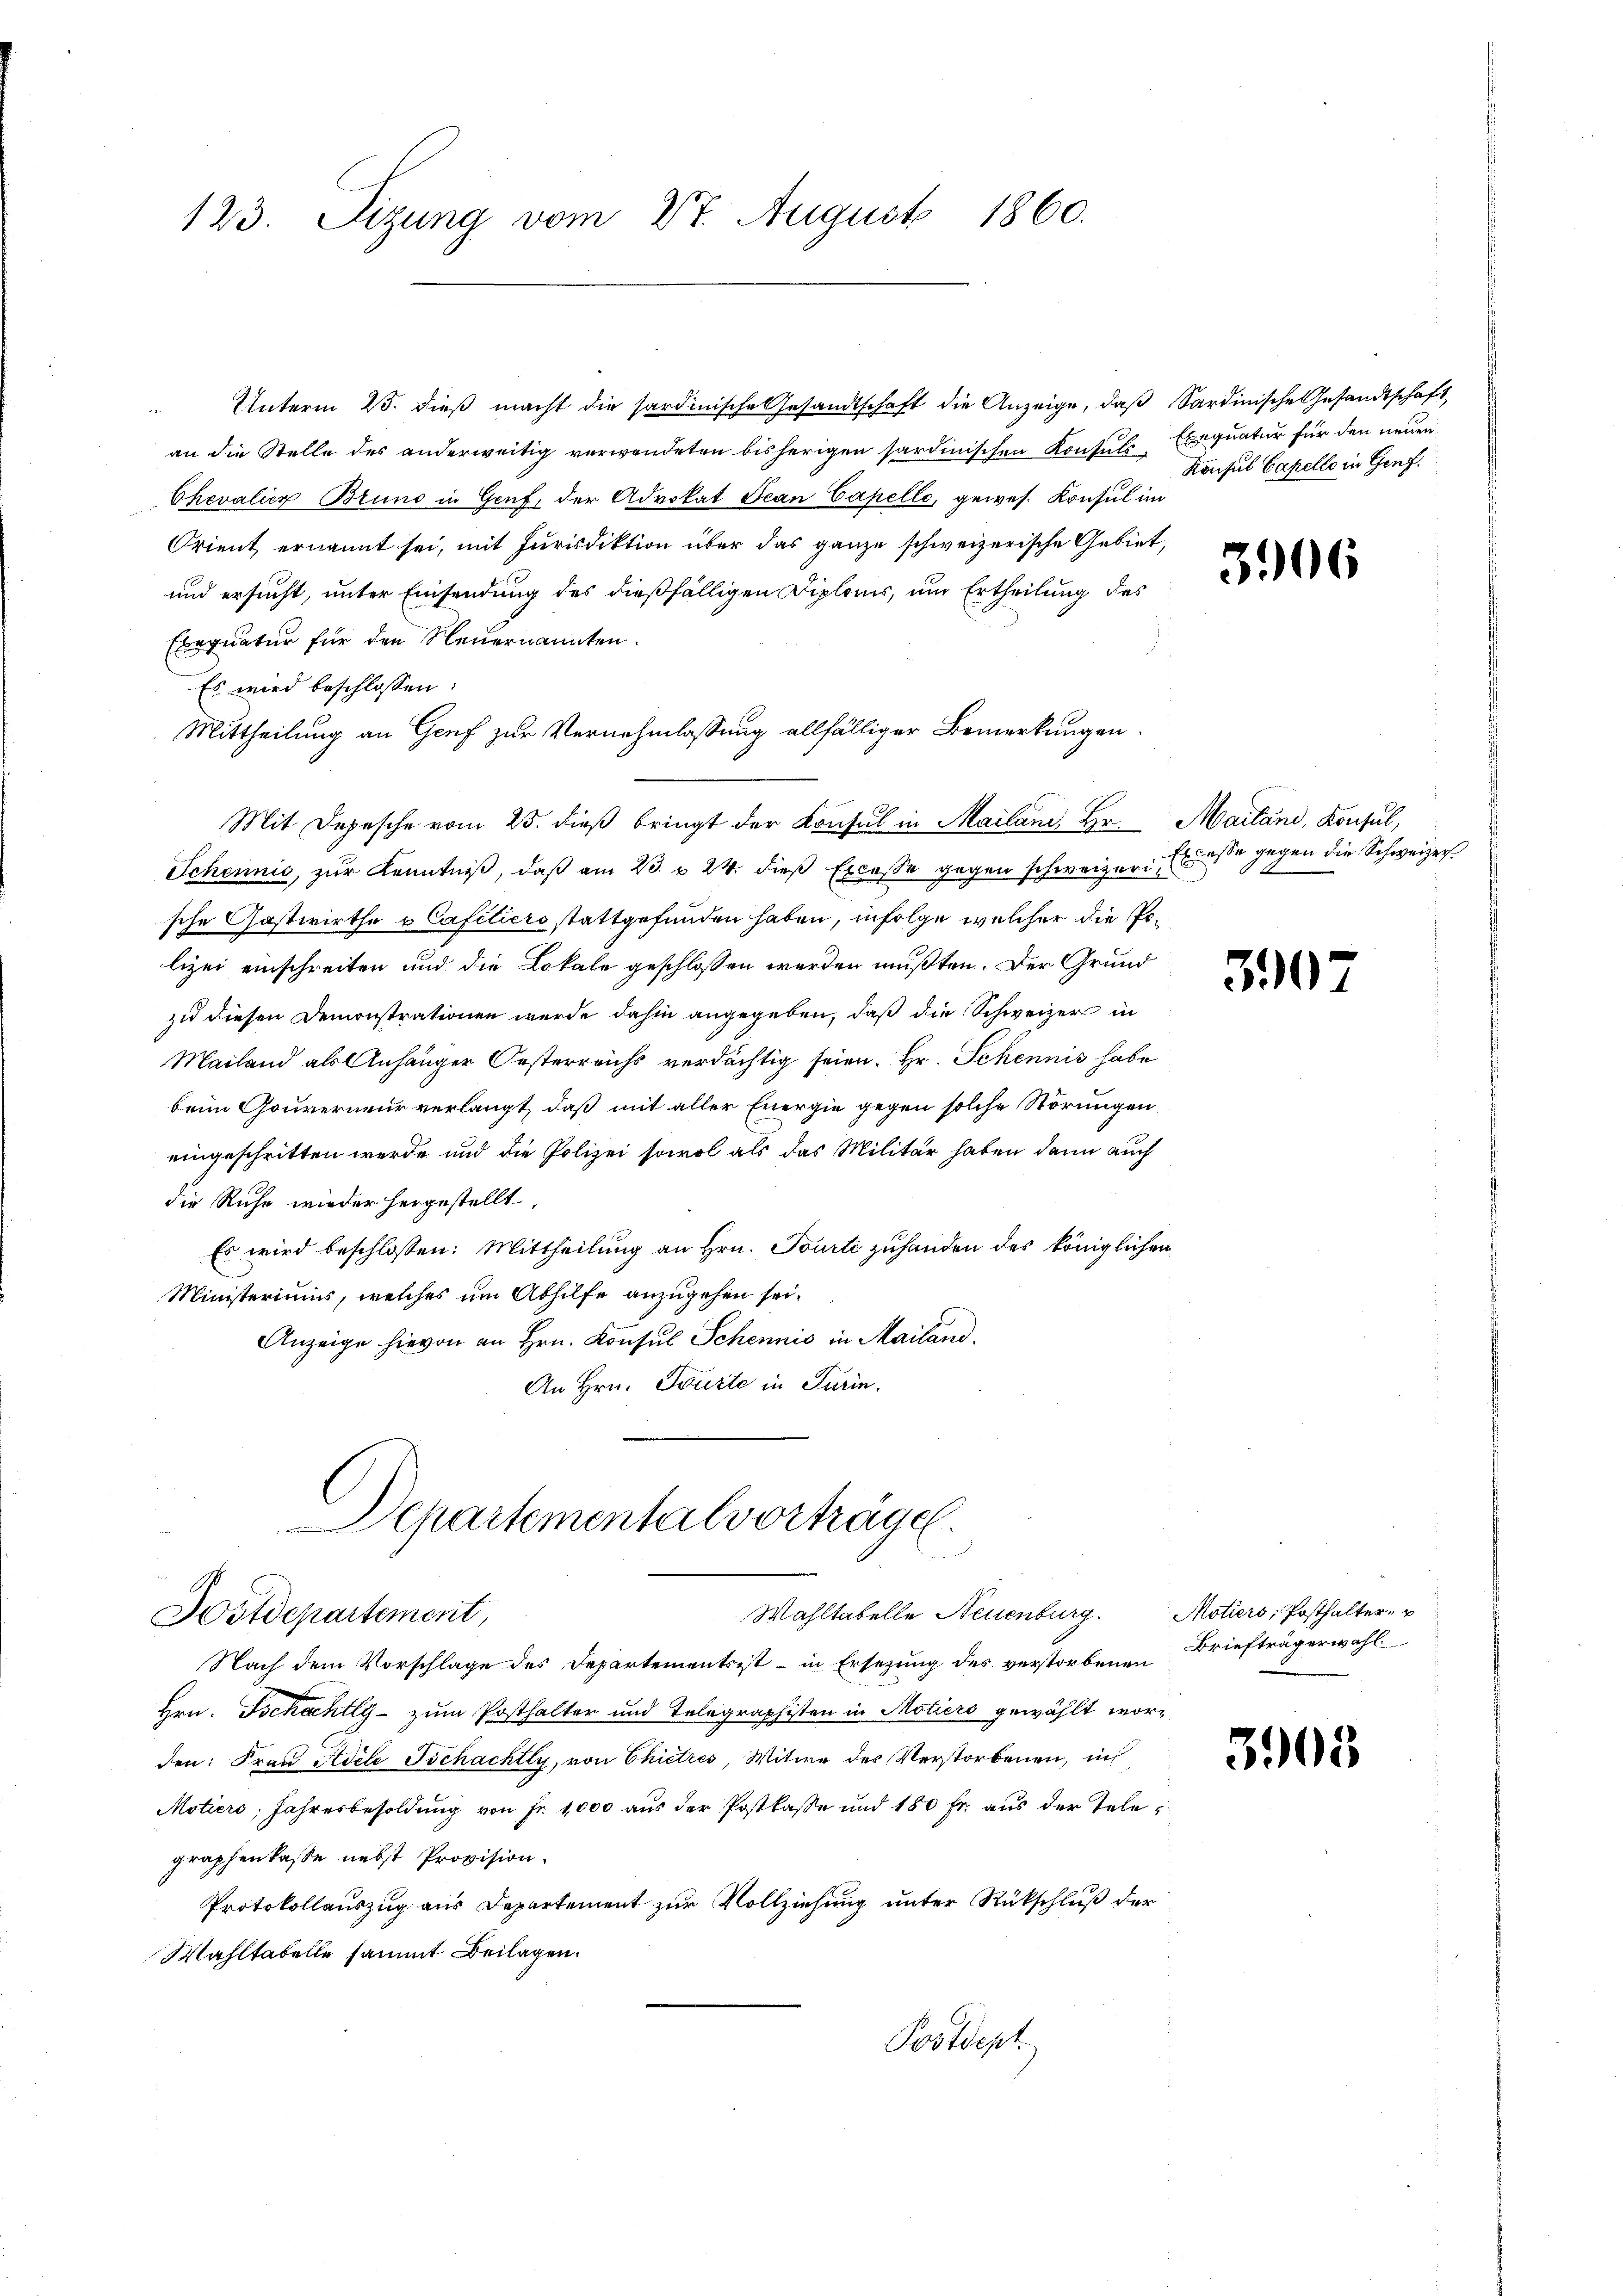
123. Sizung vom 27. August 1860.

Unterm 25. dieß macht die sardinische Gesandtschaft die Anzeige, daß Sardinische Gesandtschaft
an die Stelle des anderweitig verwendeten bisherigen sardinischen Konsuls Aequatur für den neuen
Chevalicy Brund in Genf, der Advokat Jean Capelle, gewes. Konsul im
Orient ernannt sei, mit Jurisdiktion über das ganze schweizerische Gebiet,
und ersucht, unter Einsendung des dießfälligen Diplomis, um Ertheilung des
Exequatur für den Steuernannten.
Es wird beschlossen:
Mittheilung an Genf zur Vernehmlassung allfälliger Bemerkungen
Mit Depesche vom 25. dieß bringt der Konsul in Mailand, Br. Mailand, Konsul,
Schennis, zur Kenntniß, daß am 23. v. 24. dieß Ercasse gegen schweizerische Gastwirthe u Casitiers stattgefunden haben, infolge welcher die Polizei einschreiten und die Lokale geschlossen werden mußten. Der Grund
zu diesen Demonstrationen wurde dahin angegeben, daß die Schweizer in
Mailand als Anhänger Oesterreichs verdächtig seien. Hr. Schennis habe
beim Gouverneur verlangt, daß mit aller Energie gegen solche Störungen
eingeschritten werde und die Polizei sowol als das Militär haben dann auch
die Ruhe wieder hergestellt.
Es wird beschlossen: Mittheilung an Hrn. Tourte zuhanden des königlichen
Ministeriums, welches um Abhilfe anzugehen sei.
Anzeige hievon an Hrn. Konsul Schennis in Mailand.
An Hrn. Tourte in Turin.
Departemental vorträge.
Wahltabelle Neuenburg. Moliers; Posthalter v
Sostdepartement,
Nach dem Vorschlage des Departements ist – in Ersezung des verstorbenen
Hrn. Tschachtly - zum Posthalter und Telegraphisten in Motiers gewählt worden: Frau Adele Schachtly, von Chietzes, Witwe des Verstorbenen, in
Motiers, Jahresbesoldung von Fr. 1000 aus der Postkasse und 180 fr. aus der Tele
graphenlasse nebst Provision.
Protokollauszug aus Departement zur Vollziehung unter Rückschluß der
Wahltabelle sammt Beilagen.
Postdept

Konsus Capello in Genf.

3906

Excasse gegen die Schweizer¬
 x

30

Briefträgerwahl

3903